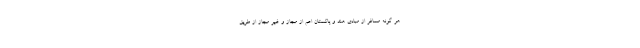
هر گونه مسافر از مبادی هند و پاکستان اعم از مجاز و غیر مجاز از طریق